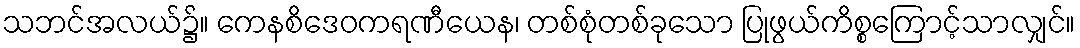
သဘင်အလယ်၌။ ကေနစိဒေဝကရဏီယေန၊ တစ်စုံတစ်ခုသော ပြုဖွယ်ကိစ္စကြောင့်သာလျှင်။